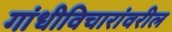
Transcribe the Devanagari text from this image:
गांधीविचारांवरील